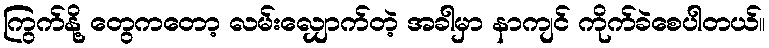
ကြွက်နို့ တွေကတော့ လမ်းလျှောက်တဲ့ အခါမှာ နာကျင် ကိုက်ခဲစေပါတယ်။